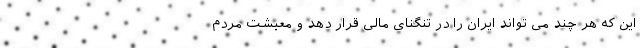
این که هر چند می تواند ایران را در تنگنای مالی قرار دهد و معیشت مردم